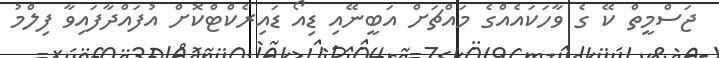
ޖަސްމީތް ކޭ ގެ ވާހަކައެއްގެ މައްޗަށް އަބީނޭއި ޑިއޯ ޑައިރެކްޓްކޮށް އުފައްދާފައިވާ ފިލްމު